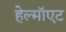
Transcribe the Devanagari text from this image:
हेल्मॉएट